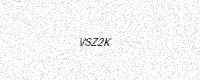
Text: VSZ2K